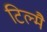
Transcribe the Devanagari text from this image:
टिल्मै